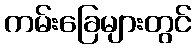
ကမ်းခြေများတွင်